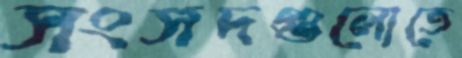
সংসদগুলোতে